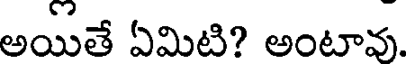
అయితే ఏమిటి? అంటావు.